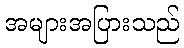
အများအပြားသည်